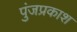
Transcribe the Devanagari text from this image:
पुंजप्रकाश